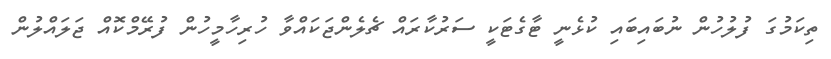
ތިކަމުގަ ފުލުހުން ނުބައިބައި ކުޅެނީ ޓާގެޓަކީ ސަރުކާރައް ޗެލެންޖަކައްވާ ހުރިހާމީހުން ފުރޭމްކޮއް ޖަލައްލުން